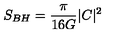
S _ { B H } = { \frac { \pi } { 1 6 G } } | C | ^ { 2 } ~